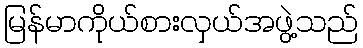
မြန်မာကိုယ်စားလှယ်အဖွဲ့သည်